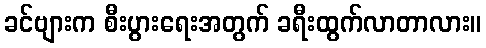
ခင်ဗျားက စီးပွားရေးအတွက် ခရီးထွက်လာတာလား။